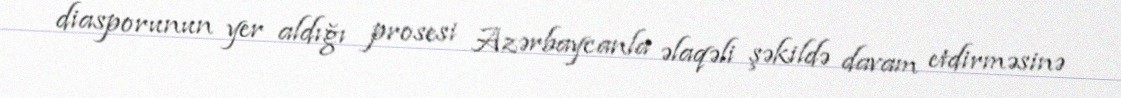
diasporunun yer aldığı prosesi Azərbaycanla əlaqəli şəkildə davam etdirməsinə